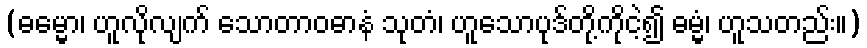
(ဓမ္မော၊ ဟူလိုလျက် သောတာဝဓာနံ သုတံ၊ ဟူသောပုဒ်တို့ကိုငဲ့၍ ဓမ္မံ၊ ဟူသတည်း။)